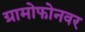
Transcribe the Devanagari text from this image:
ग्रामोफोनवर